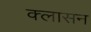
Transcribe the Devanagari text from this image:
क्लासन